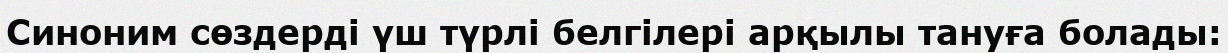
Синоним сөздерді үш түрлі белгілері арқылы тануға болады: